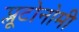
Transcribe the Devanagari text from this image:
प्लूटोनोमी